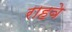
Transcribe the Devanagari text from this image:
राहवे